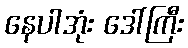
နေပါအုံး ဒေါ်ကြီး